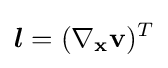
{\boldsymbol {l}}=(\nabla _{\mathbf {x} }\mathbf {v} )^{T}